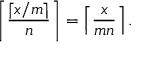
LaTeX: \left\lceil { \frac { \lceil x / m \rceil } { n } } \right\rceil = \left\lceil { \frac { x } { m n } } \right\rceil .